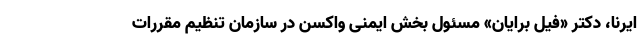
ایرنا، دکتر «فیل برایان» مسئول بخش ایمنی واکسن در سازمان تنظیم مقررات